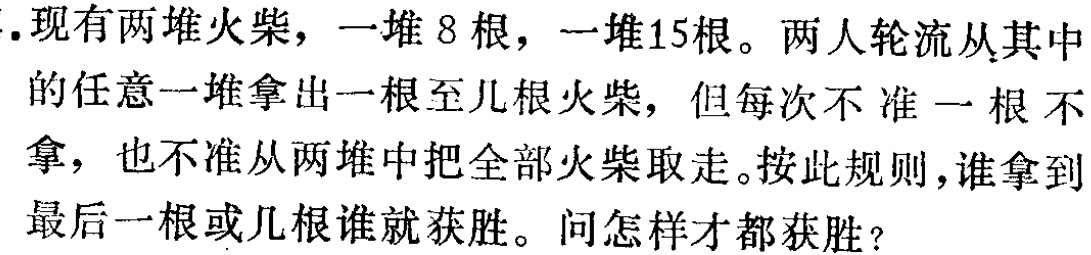
1. 现有两堆火柴，一堆 8 根，一堆15根。两人轮流从其中的任意一堆拿出一根至几根火柴，但每次不准一根不拿，也不准从两堆中把全部火柴取走。按此规则，谁拿到最后一根或几根谁就获胜。问怎样才能获胜？